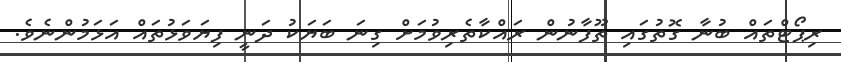
ރިޕޯޓްތައް ބުނާ ގޮތުގައި ތޫފާނުން ރައްކާތެރިވުމަށް ގިނަ ބަޔަކު ދަނީ ފިޔަވަޅުތައް އަޅަމުންނެވެ.